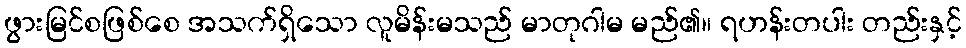
ဖွားမြင်စဖြစ်စေ အသက်ရှိသော လူမိန်းမသည် မာတုဂါမ မည်၏။ ရဟန်းတပါး တည်းနှင့်